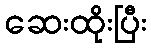
ဆေးထိုးပြီး